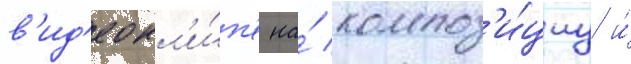
в'ид'еокл'и́п'е на́ композ'и́циу и́